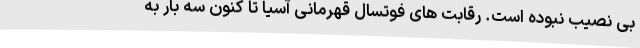
بی نصیب نبوده است. رقابت های فوتسال قهرمانی آسیا تا کنون سه بار به